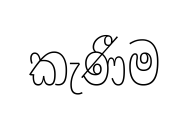
කැණීම